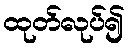
ထုတ်လုပ်၍